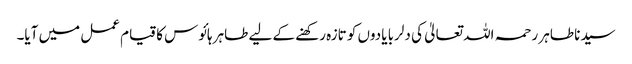
سیدنا طاہر رحمہ اللہ تعالیٰ کی دلربا یادوں کو تازہ رکھنے کے لیے طاہر ہائوس کا قیام عمل میں آیا۔